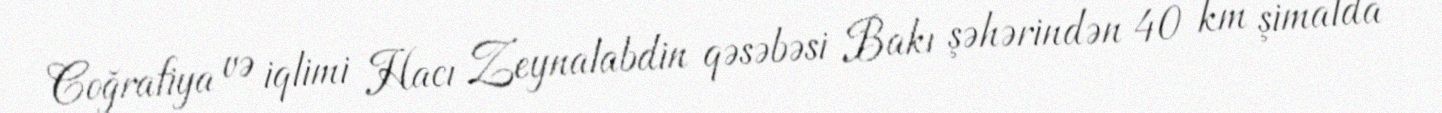
Coğrafiya və iqlimi Hacı Zeynalabdin qəsəbəsi Bakı şəhərindən 40 km şimalda